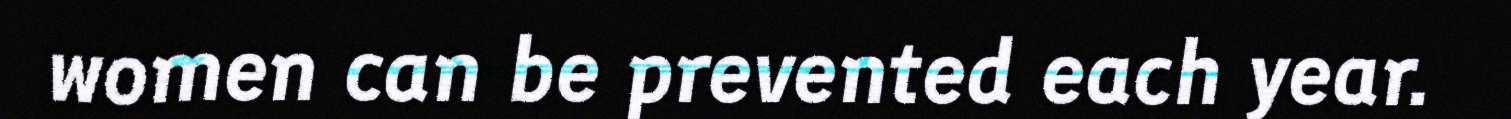
women can be prevented each year.